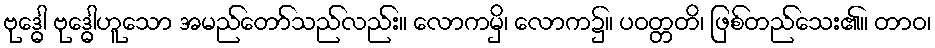
ဗုဒ္ဓေါ ဗုဒ္ဓေါဟူသော အမည်တော်သည်လည်း။ လောကမှိ၊ လောက၌။ ပဝတ္တတိ၊ ဖြစ်တည်သေး၏။ တာဝ၊